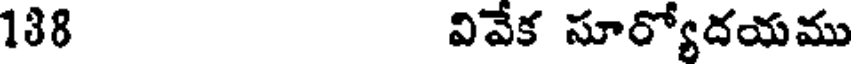
138 వివేక సూర్యోదయము